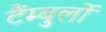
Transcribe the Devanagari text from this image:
टैंम्बुर्लो